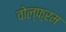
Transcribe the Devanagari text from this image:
वोल्फ़्रम